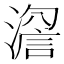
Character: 𱨵